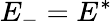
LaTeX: E_{-}=E^{*}